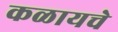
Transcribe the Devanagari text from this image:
कळायचे